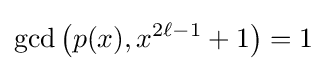
\gcd \left(p(x),x^{2\ell -1}+1\right)=1